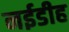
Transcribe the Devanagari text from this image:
नईडीह